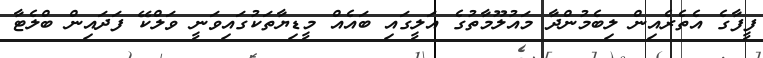
ފީފާގެ އެތެރެއިން ލިބެމުންދާ މައުލޫމާތުގެ އަލީގައި ބައެއް މީޑިޔާތަކުގައިވަނީ ވަލްކޭ ފަދައިން ބްލެޓާ